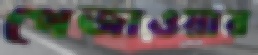
পেজাওয়ার